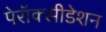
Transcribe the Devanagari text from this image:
पेरॉक्सीडेशन